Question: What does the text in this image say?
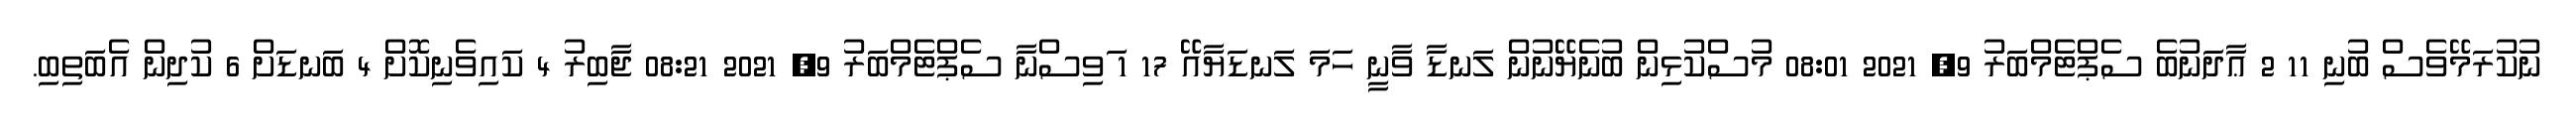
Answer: ނުކުރަމޭވެސް ބުނި 11 2 ޢާދަނުބެ ސެޕްޓެމްބަރު 9, 2021 08:01 މުސްކުޅިން ބުނެޔޭނުން ލަނޑާ ވާނީ ހަމަ ލަނޑަޔާއޭ 17 1 ަވިސްނާ ސެޕްޓެމްބަރު 9, 2021 08:21 ޖާބިރު 4 ކައިވެނިކޮށް 4 ބަނޑަށް 6 ކުދިން އެބަތިބި.